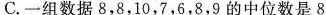
C.一组数据8，8，10，7，6，8，9的中位数是8